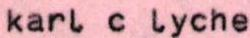
karl c lyche